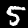
Digit: 5